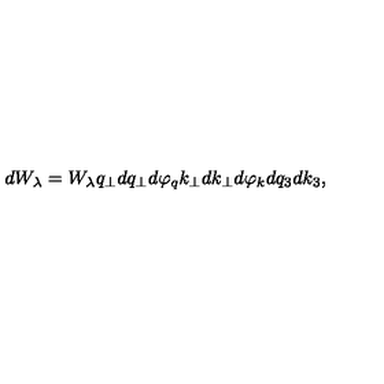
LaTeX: d W _ { \lambda } = W _ { \lambda } q _ { \perp } d q _ { \perp } d \varphi _ { q } k _ { \perp } d k _ { \perp } d \varphi _ { k } d q _ { 3 } d k _ { 3 } ,